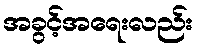
အခွင့်အရေးလည်း